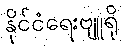
နိုင်ငံရေးဗျူရို